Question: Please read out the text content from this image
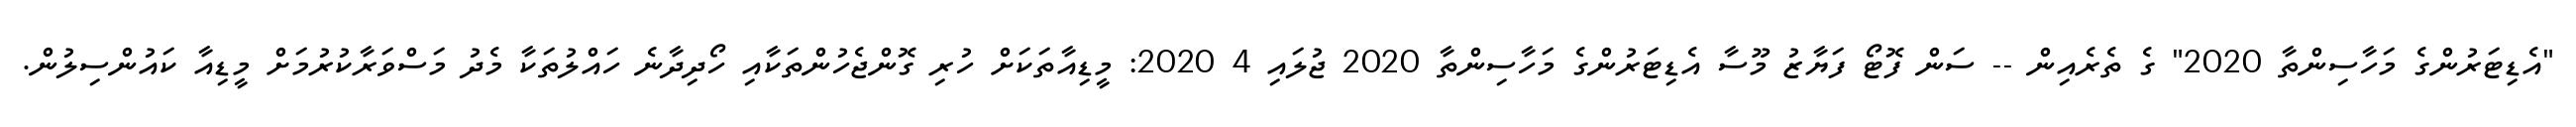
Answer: "އެޑިޓަރުންގެ މަހާސިންތާ 2020" ގެ ތެރެއިން -- ސަން ފޮޓޯ ފަޔާޒު މޫސާ އެޑިޓަރުންގެ މަހާސިންތާ 2020 ޖުލައި 4 2020: މީޑިއާތަކަށް ހުރި ގޮންޖެހުންތަކާއި ހޯދިދާނެ ހައްލުތަކާ މެދު މަސްވަރާކުރުމަށް މީޑިއާ ކައުންސިލުން.